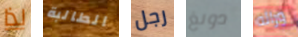
لذا الطالبة رجل دونغ ورائه